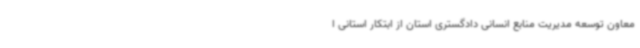
معاون توسعه مدیریت منابع انسانی دادگستری استان از ابتکار استانی ا